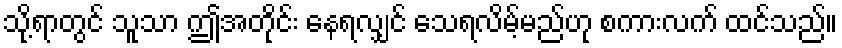
သို့ရာတွင် သူသာ ဤအတိုင်း နေရလျှင် သေရလိမ့်မည်ဟု စကားလက် ထင်သည်။